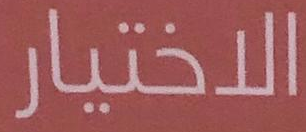
الاختيار